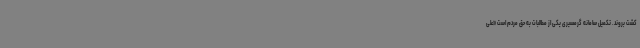
کشت بروند. تکمیل سامانه گرمسیری یکی از مطالبات به حق مردم است «علی